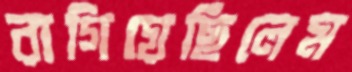
রাগিয়েছিলেম